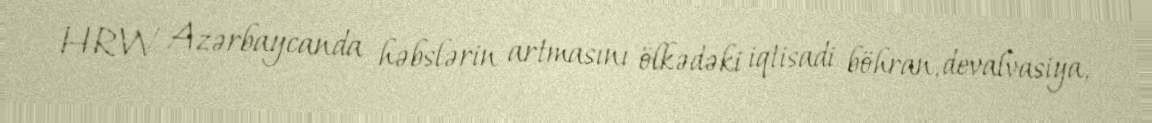
HRW Azərbaycanda həbslərin artmasını ölkədəki iqtisadi böhran, devalvasiya,